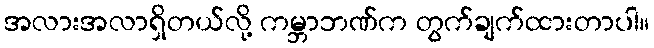
အလားအလာရှိတယ်လို့ ကမ္ဘာဘဏ်က တွက်ချက်ထားတာပါ။